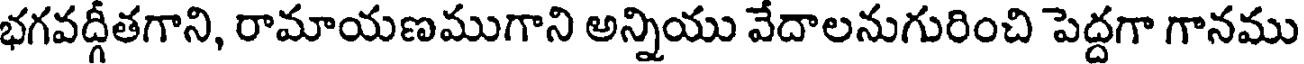
భగవద్గీతగాని, రామాయణముగాని అన్నియు వేదాలనుగురించి పెద్దగా గానము